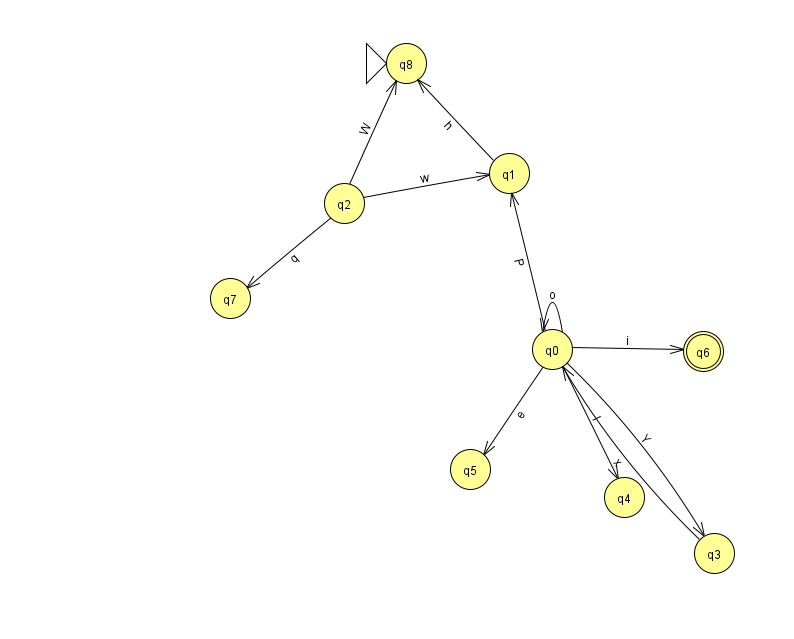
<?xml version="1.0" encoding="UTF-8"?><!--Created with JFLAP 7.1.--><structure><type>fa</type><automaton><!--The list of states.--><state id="0" name="q0"><x>552.0</x><y>336.0</y></state><state id="1" name="q1"><x>509.0</x><y>160.0</y></state><state id="2" name="q2"><x>344.0</x><y>190.0</y></state><state id="3" name="q3"><x>714.0</x><y>540.0</y></state><state id="4" name="q4"><x>624.0</x><y>484.0</y></state><state id="5" name="q5"><x>470.0</x><y>456.0</y></state><state id="6" name="q6"><x>703.0</x><y>338.0</y><final/></state><state id="7" name="q7"><x>230.0</x><y>285.0</y></state><state id="8" name="q8"><x>406.0</x><y>50.0</y><initial/></state><!--The list of transitions.--><transition><from>3</from><to>0</to><read>x</read></transition><transition><from>0</from><to>3</to><read>Y</read></transition><transition><from>2</from><to>7</to><read>q</read></transition><transition><from>2</from><to>1</to><read>w</read></transition><transition><from>0</from><to>4</to><read>l</read></transition><transition><from>1</from><to>8</to><read>h</read></transition><transition><from>0</from><to>5</to><read>e</read></transition><transition><from>0</from><to>1</to><read>P</read></transition><transition><from>0</from><to>6</to><read>i</read></transition><transition><from>2</from><to>8</to><read>W</read></transition><transition><from>0</from><to>0</to><read>o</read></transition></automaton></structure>